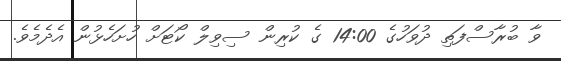
ވާ ބުރާސްފަތި ދުވަހުގެ 14:00 ގެ ކުރިން ސިވިލް ކޯޓަށް ހުށަހެޅުން އެދެމެވެ.